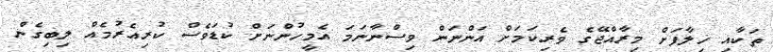
ތަކާއި ޚިލާފަށް މިރާއްޖޭގެ ވެރިކަމަށް އަންނަން ވިސްނާނަމަ އެމީހުންނަށް ކުޑަވެސް ކުރިއެރުމެއް ލިބިގެން